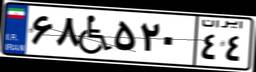
۱۰W۰۴۵۸۸